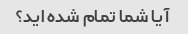
آیا شما تمام شده اید؟